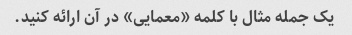
یک جمله مثال با کلمه «معمایی» در آن ارائه کنید.